Leaving Certificate Examination, 1913
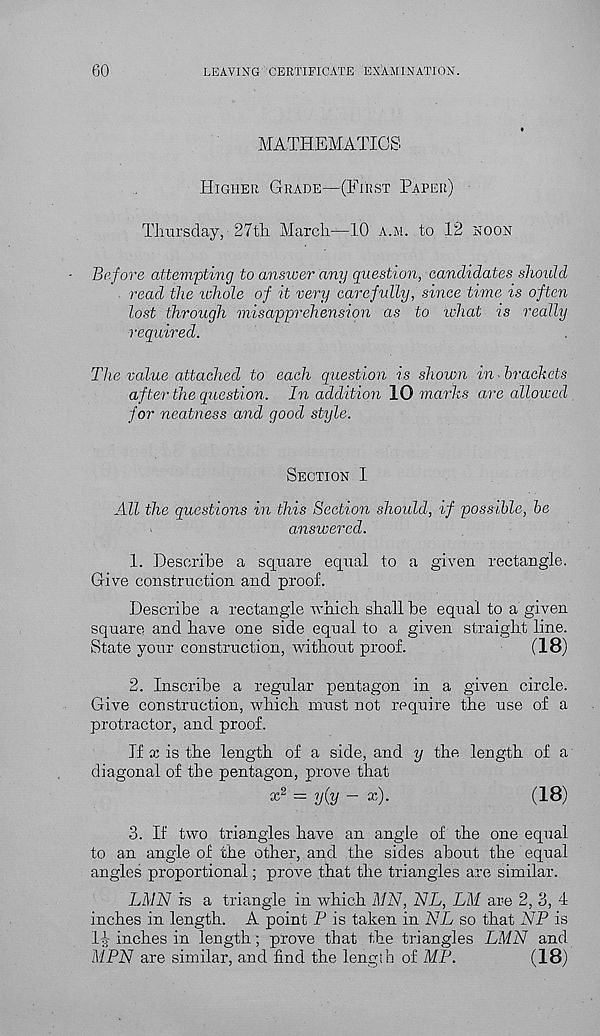
60
LEAVING CERTIFICATE EXAMINATION.
MATHEMATICS
Higher Grade—(First Paper)
Tlmrsday, 27th March—10 a.m. to 12 noon
Before attempting to ansicer any question, candidates should
read the whole of it very carefully, since time is often
lost through misapprehension as to what is really
required.
The value attached to each question is shown in^brackets
after the question. In addition 10 marks are allowed
for neatness and good style.
Section I
All the questions in this Section should, if possible, be
answered.
1. Describe a square equal to a given rectangle.
Give construction and proof.
Describe a rectangle which shall he equal to a given
square and have one side equal to a given straight line.
State your construction, without proof.
(18)
2. Inscribe a regular pentagon in a given circle.
Give construction, which must not require the use of a
protractor, and proof.
If x is the length of a side, and y the length of a
diagonal of the pentagon, prove that
* 2 = y(y ~ x )-
(18)
3. If two triangles have an angle of the one equal
to an angle of the other, and the sides about the equal
angles proportional; prove that the triangles are similar.
LMN is a triangle in which MM, NL, LM are 2, 3, 4
inches in length. A point P is taken in NL so that NP is
1-g- inches in length; prove that the triangles LMN and
MPN are similar, and find the length of MP.
(18)